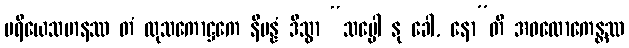
ပရိယေသမာနဿ တံ ထုသကောဋ္ဌကေ နိပန္နံ ဒိသွာ “သပ္ပေါ နု ခေါ, နော”တိ အဝလောကေန္တဿ